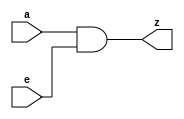
/*
 * tt_prim_zbuf.v
 *
 * TT Primitive
 * Zeroing buffer (i.e. AND gate ...)
 *
 * Copyright (c) 2023 Sylvain Munaut <tnt@246tNt.com>
 * SPDX-License-Identifier: Apache-2.0
 */

`default_nettype none

module tt_prim_zbuf #(
	parameter integer HIGH_DRIVE = 0
)(
	input  wire a,
	input  wire e,
	output wire z
);

	assign z = a & e;

endmodule // tt_prim_zbuf